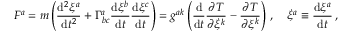
F ^ { a } = m \left( { \frac { \mathrm { d } ^ { 2 } \xi ^ { a } } { \mathrm { d } t ^ { 2 } } } + \Gamma ^ { a } _ { b c } { \frac { \mathrm { d } \xi ^ { b } } { \mathrm { d } t } } { \frac { \mathrm { d } \xi ^ { c } } { \mathrm { d } t } } \right) = g ^ { a k } \left( { \frac { \mathrm { d } } { \mathrm { d } t } } { \frac { \partial T } { \partial { \dot { \xi } } ^ { k } } } - { \frac { \partial T } { \partial \xi ^ { k } } } \right) \, , \quad { \dot { \xi } } ^ { a } \equiv { \frac { \mathrm { d } \xi ^ { a } } { \mathrm { d } t } } \, ,